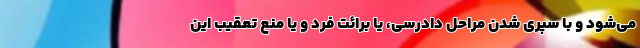
می‌شود و با سپری شدن مراحل دادرسی، یا برائت فرد و یا منع تعقیب این